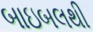
બાઇબલથી